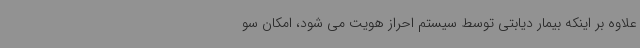
علاوه بر اینکه بیمار دیابتی توسط سیستم احراز هویت می شود، امکان سو